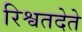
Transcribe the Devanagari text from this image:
रिश्वतदेते